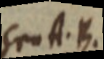
seu A. B. Z